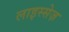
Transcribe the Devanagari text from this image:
लाइस्सेज़